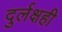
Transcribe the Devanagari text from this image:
दुर्लक्षही